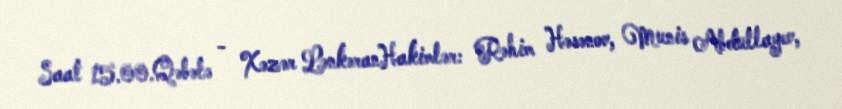
Saat 15.00.Qəbələ - Xəzər LənkəranHakimlər: Rəhim Həsənov, Munis Abdullayev,